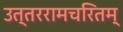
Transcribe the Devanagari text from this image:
उत्तररामचरितम्‍